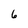
Character: 6